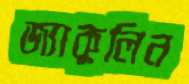
জ্যাকুলিন